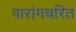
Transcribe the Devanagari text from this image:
वारांगचरित